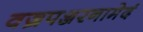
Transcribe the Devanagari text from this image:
वज्रपञ्जरनामेदं